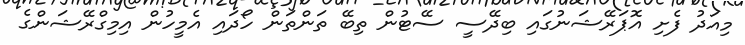
މިއަދު ފެށި އޮޕަރޭޝަނުގައި ބިދޭސީ ސޭޓުން ތިބޭ ތަންތަން ހޯދައި އެމީހުން އިމިގްރޭޝަންގެ